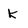
Character: k